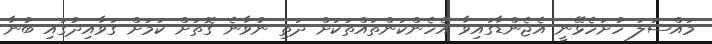
މައްސަލަ ހުށަހެޅޭނީ އެޖެންޑާގައިވާ އެހެންކަންތައްތަކަށް ދަތި ނުވާނެ ގޮތަށް ކަމަށް ގަވާއިދުގައި ބުނާ